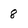
Character: 8